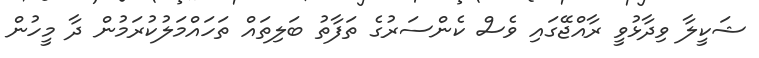
ޝަކީލާ ވިދާޅުވީ ރާއްޖޭގައި ވެސް ކެންސަރުގެ ތަފާތު ބަލިތައް ތަހައްމަލުކުރަމުން ދާ މީހުން